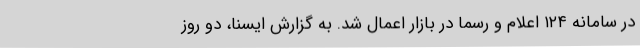
در سامانه ۱۲۴ اعلام و رسما در بازار اعمال شد. به گزارش ایسنا، دو روز